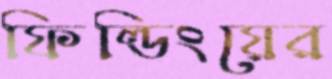
ফিল্ডিংয়ের